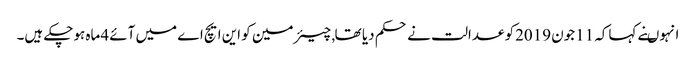
انہوںنے کہاکہ 11جون 2019کو عدالت نے حکم دیا تھا , چیئرمین کو این ایچ اے میں آئے 4ماہ ہوچکے ہیں۔